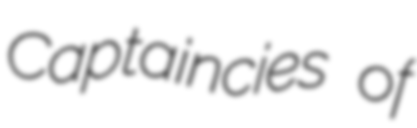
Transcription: Captaincies of